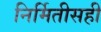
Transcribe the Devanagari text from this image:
निर्मितीसही